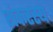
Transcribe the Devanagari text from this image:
शंकरस्य